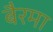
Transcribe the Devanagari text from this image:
बैरमा